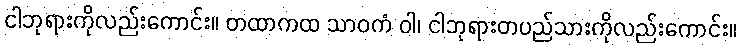
ငါဘုရားကိုလည်းကောင်း။ တထာကထ သာဝကံ ဝါ၊ ငါဘုရားတပည်သားကိုလည်းကောင်း။